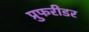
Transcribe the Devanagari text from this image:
प्रुफरीडर